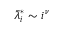
\bar { \lambda } _ { i } ^ { * } \sim i ^ { \nu }